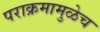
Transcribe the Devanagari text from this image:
पराक्रमामुळेच